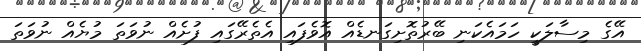
އޭގެ މިސާލަކީ ހަމައެކަނި ބޭރުތޮށިގަނޑެއް އޮވެފައި އެތެރޭގައި ފުށެއް ނުވަތަ މުޔެއް ނުވަތަ